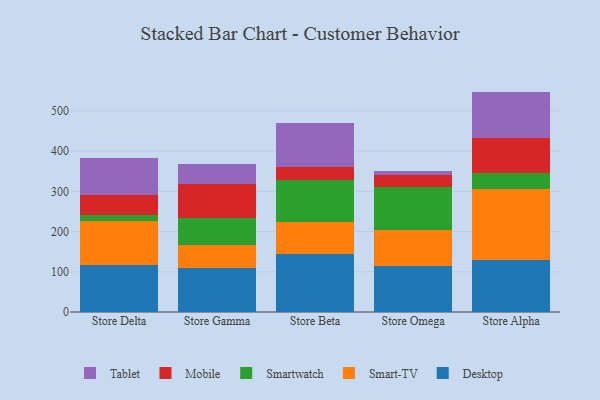
{"axis": {"x": "Store", "y": "Energy Usage (MWh)"}, "legend": ["Desktop", "Mobile", "Smart-TV", "Smartwatch", "Tablet"], "data": [{"x": "Store Delta", "y": 116.1, "type": "Desktop"}, {"x": "Store Delta", "y": 111.3, "type": "Smart-TV"}, {"x": "Store Delta", "y": 14.9, "type": "Smartwatch"}, {"x": "Store Delta", "y": 48.3, "type": "Mobile"}, {"x": "Store Delta", "y": 92.8, "type": "Tablet"}, {"x": "Store Gamma", "y": 108.3, "type": "Desktop"}, {"x": "Store Gamma", "y": 58.6, "type": "Smart-TV"}, {"x": "Store Gamma", "y": 67.4, "type": "Smartwatch"}, {"x": "Store Gamma", "y": 83.1, "type": "Mobile"}, {"x": "Store Gamma", "y": 50.3, "type": "Tablet"}, {"x": "Store Beta", "y": 144.1, "type": "Desktop"}, {"x": "Store Beta", "y": 80.4, "type": "Smart-TV"}, {"x": "Store Beta", "y": 104.2, "type": "Smartwatch"}, {"x": "Store Beta", "y": 32.8, "type": "Mobile"}, {"x": "Store Beta", "y": 109.6, "type": "Tablet"}, {"x": "Store Omega", "y": 113.9, "type": "Desktop"}, {"x": "Store Omega", "y": 89.9, "type": "Smart-TV"}, {"x": "Store Omega", "y": 106.6, "type": "Smartwatch"}, {"x": "Store Omega", "y": 30.6, "type": "Mobile"}, {"x": "Store Omega", "y": 9.4, "type": "Tablet"}, {"x": "Store Alpha", "y": 129.6, "type": "Desktop"}, {"x": "Store Alpha", "y": 175.4, "type": "Smart-TV"}, {"x": "Store Alpha", "y": 40.3, "type": "Smartwatch"}, {"x": "Store Alpha", "y": 88.0, "type": "Mobile"}, {"x": "Store Alpha", "y": 114.7, "type": "Tablet"}]}